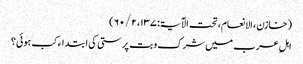
(خازن، الانعام، تحت الآیۃ: ۱۳۷، ۲ / ۶۰)
اہلِ عرب میں شرک و بت پرستی کی ابتداء کب ہوئی؟